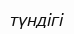
түндігі